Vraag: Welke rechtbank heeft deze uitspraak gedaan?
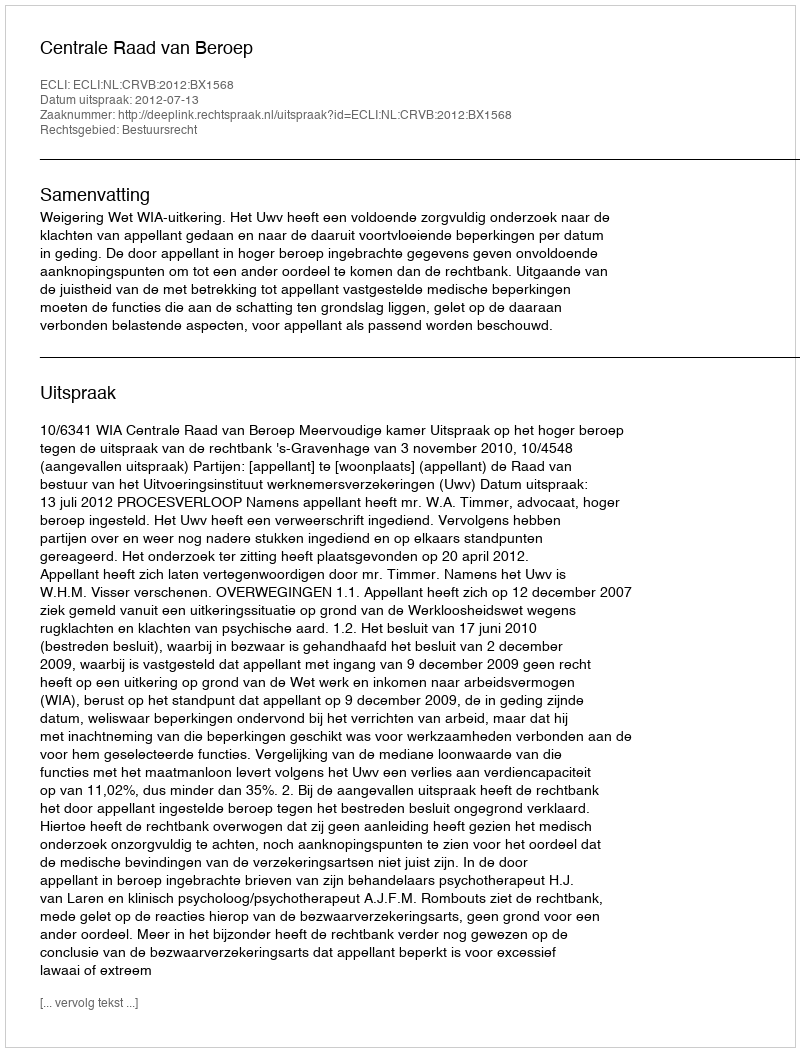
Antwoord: Centrale Raad van Beroep